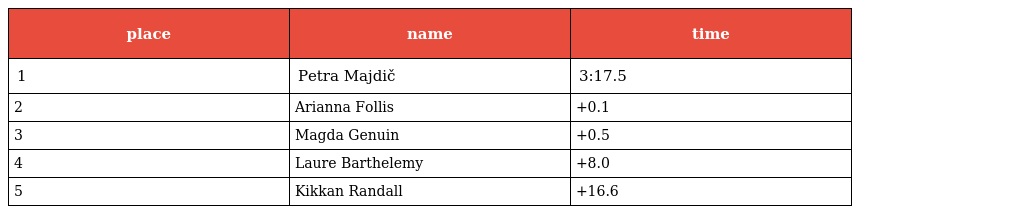
| place | name | time |
 | --- | --- | --- |
 | 1 | Petra Majdič | 3:17.5 |
 | 2 | Arianna Follis | +0.1 |
 | 3 | Magda Genuin | +0.5 |
 | 4 | Laure Barthelemy | +8.0 |
 | 5 | Kikkan Randall | +16.6 |